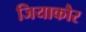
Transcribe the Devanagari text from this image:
जियाकौर